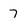
Character: 7